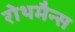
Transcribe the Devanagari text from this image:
रोथमैन्स